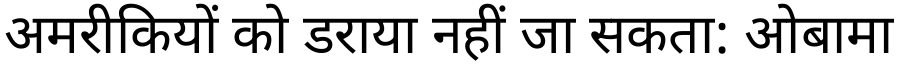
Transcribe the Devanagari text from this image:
अमरीकियों को डराया नहीं जा सकता: ओबामा